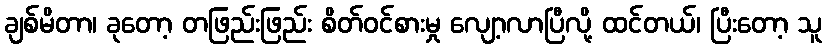
ချစ်မိတာ၊ ခုတော့ တဖြည်းဖြည်း စိတ်ဝင်စားမှု လျော့လာပြီလို့ ထင်တယ်၊ ပြီးတော့ သူ